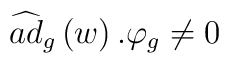
\widehat{ad}_g\left( w\right) .\varphi _g\neq 0